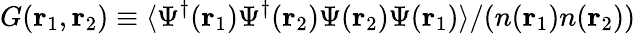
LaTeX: G(\mathbf{r}_{1},\mathbf{r}_{2})\equiv\langle\Psi^{\dagger}(\mathbf{r}_{1})\Psi^{\dagger}(\mathbf{r}_{2})\Psi(\mathbf{r}_{2})\Psi(\mathbf{r}_{1})\rangle/(n(\mathbf{r}_{1})n(\mathbf{r}_{2}))